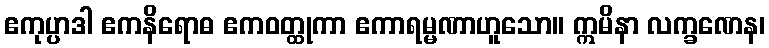
ဧကုပ္ပာဒါ ဧကနိရောဓ ဧကဝတ္ထုကာ ဧကာရမ္မဏာဟူသော။ ဣမိနာ လက္ခဏေန၊